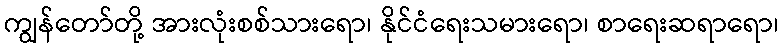
ကျွန်တော်တို့ အားလုံးစစ်သားရော၊ နိုင်ငံရေးသမားရော၊ စာရေးဆရာရော၊